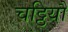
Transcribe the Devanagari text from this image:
चट्ठियौ